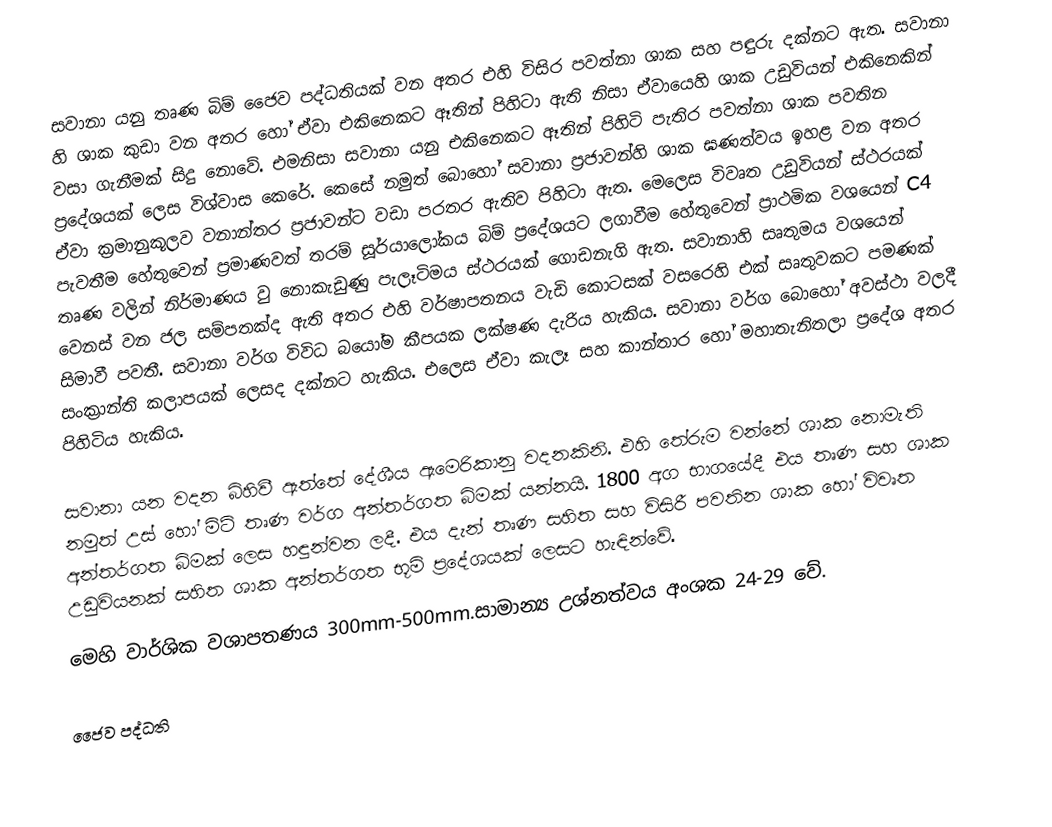
සවානා යනු තෘණ බිම් ජෛව පද්ධතියක් වන අතර එහි විසිර පවත්නා ශාක සහ පඳුරු දක්නට ඇත. සවානා හි ශාක කුඩා වන අතර හෝ ඒවා එකිනෙකට ඈතින් පිහිටා ඇති නිසා ඒවායෙහි ශාක උඩුවියන් එකිනෙකින් වසා ගැනීමක් සිදු නොවේ. එමනිසා සවානා යනු එකිනෙකට ඈතින් පිහිටි පැතිර පවත්නා ශාක පවතින ප්‍රදේශයක් ලෙස විශ්වාස කෙරේ. කෙසේ නමුත් බොහෝ සවානා ප්‍රජාවන්හි ශාක ඝණත්වය ඉහළ වන අතර ඒවා ක්‍රමානුකූලව වනාන්තර ප්‍රජාවන්ට වඩා පරතර ඇතිව පිහිටා ඇත. මෙලෙස විවෘත උඩුවියන් ස්ථරයක් පැවතීම හේතුවෙන් ප්‍රමාණවත් තරම් සූර්යාලෝකය බිම් ප්‍රදේශයට ලගාවීම හේතුවෙන් ප්‍රාථමික වශයෙන් C4 තෘණ වලින් නිර්මාණය වු නොකැඩුණු පැලෑටිමය ස්ථරයක් ගොඩනැගි ඇත. සවානාහි සෘතුමය වශයෙන් වෙනස් වන ජල සම්පතක්ද ඇති අතර එහි වර්ෂාපතනය වැඩි කොටසක් වසරෙහි එක් සෘතුවකට පමණක් සිමාවී පවතී. සවානා වර්ග විවිධ බයෝම කීපයක ලක්ෂණ දැරිය හැකිය. සවානා වර්ග බොහෝ අවස්ථා වලදී සංක්‍රාන්ති කලාපයක් ලෙසද දක්නට හැකිය. එලෙස ඒවා කැලෑ සහ කාන්තාර හෝ මහාතැනිතලා ප්‍රදේශ අතර පිහිටිය හැකිය.

සවානා යන වදන බිහිවී ඇත්තේ දේශීය ඇමෙරිකානු වදනකිනි. එහි තේරුම වන්නේ ශාක නොමැති නමුත් උස් හෝ මිටි තෘණ වර්ග අන්තර්ගත බිමක් යන්නයි. 1800 අග භාගයේදී එය තෘණ සහ ශාක අන්තර්ගත බිමක් ලෙස හඳුන්වන ලදී. එය දැන් තෘණ සහිත සහ විසිරී පවතින ශාක හෝ විවෘත උඩුවියනක් සහිත ශාක අන්තර්ගත භූමි ප්‍රදේශයක් ලෙසට හැඳින්වේ.
මෙහි වාර්ශික වශාපතණය 300mm-500mm.සාමාන්‍ය උශ්නත්වය අංශක 24-29 වේ.

ජෛව පද්ධති